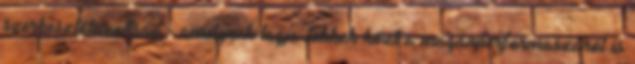
szerkesztőbizottság - amelynek tagja többek közt a magánperformaszáról is